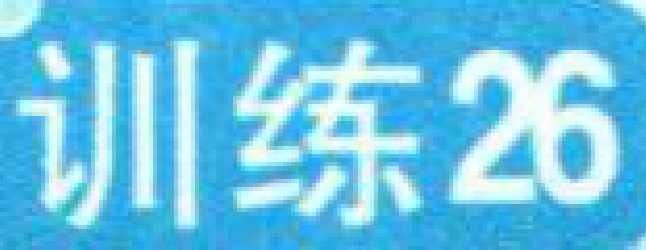
训练26